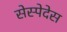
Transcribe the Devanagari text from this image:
सेस्पेदेस